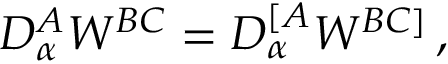
{ \cal D } _ { \alpha } ^ { A } W ^ { B C } = { \cal D } _ { \alpha } ^ { [ A } W ^ { B C ] } \, ,